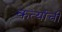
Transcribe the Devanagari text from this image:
कर्त्याची